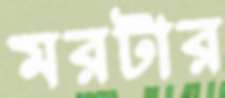
মরটার